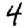
Digit: 4